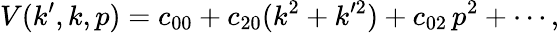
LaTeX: V(k^{\prime},k,p)=c_{00}+c_{20}(k^{2}+k^{\prime 2})+c_{02}\, p^{2}+\cdots,